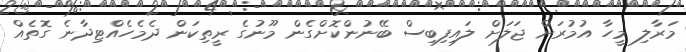
މަރާލި މީހާ އުމުރަށް ޖަލަށް ލައިފިބިސް ބޭނުންކޮށްގެން މޫނުގެ ރީތިކަން ދެމެހެއްޓިދާނެ ގޮތެއް